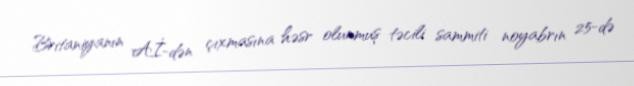
Britaniyanın Aİ-dən çıxmasına həsr olunmuş təcili sammiti noyabrın 25-də